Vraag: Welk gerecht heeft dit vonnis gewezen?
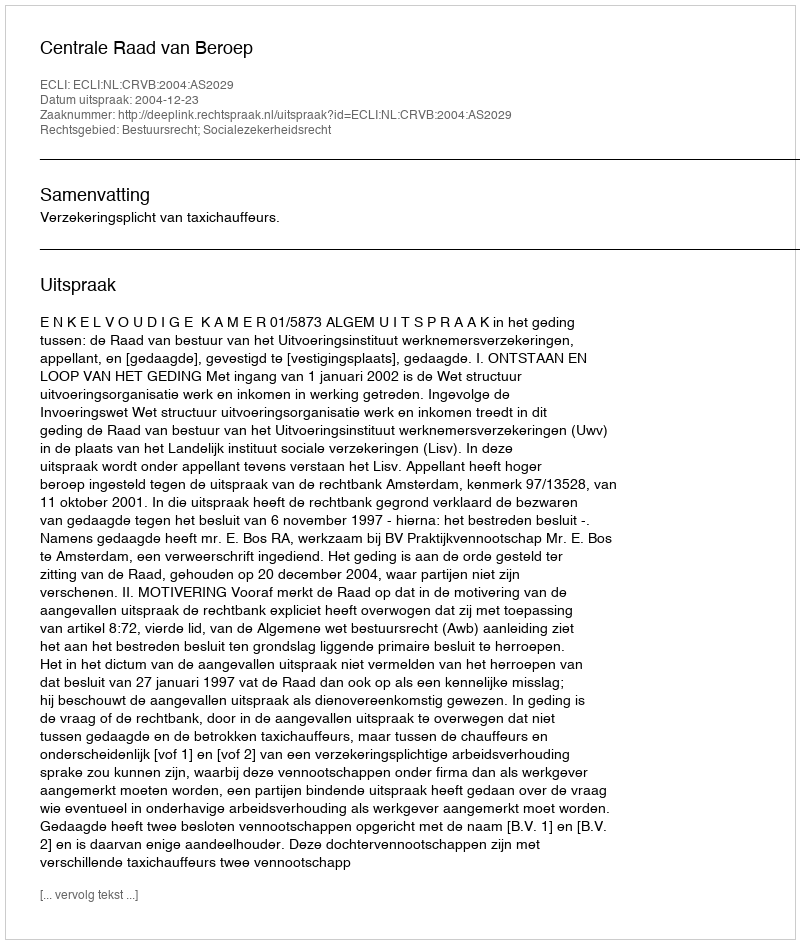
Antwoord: Centrale Raad van Beroep